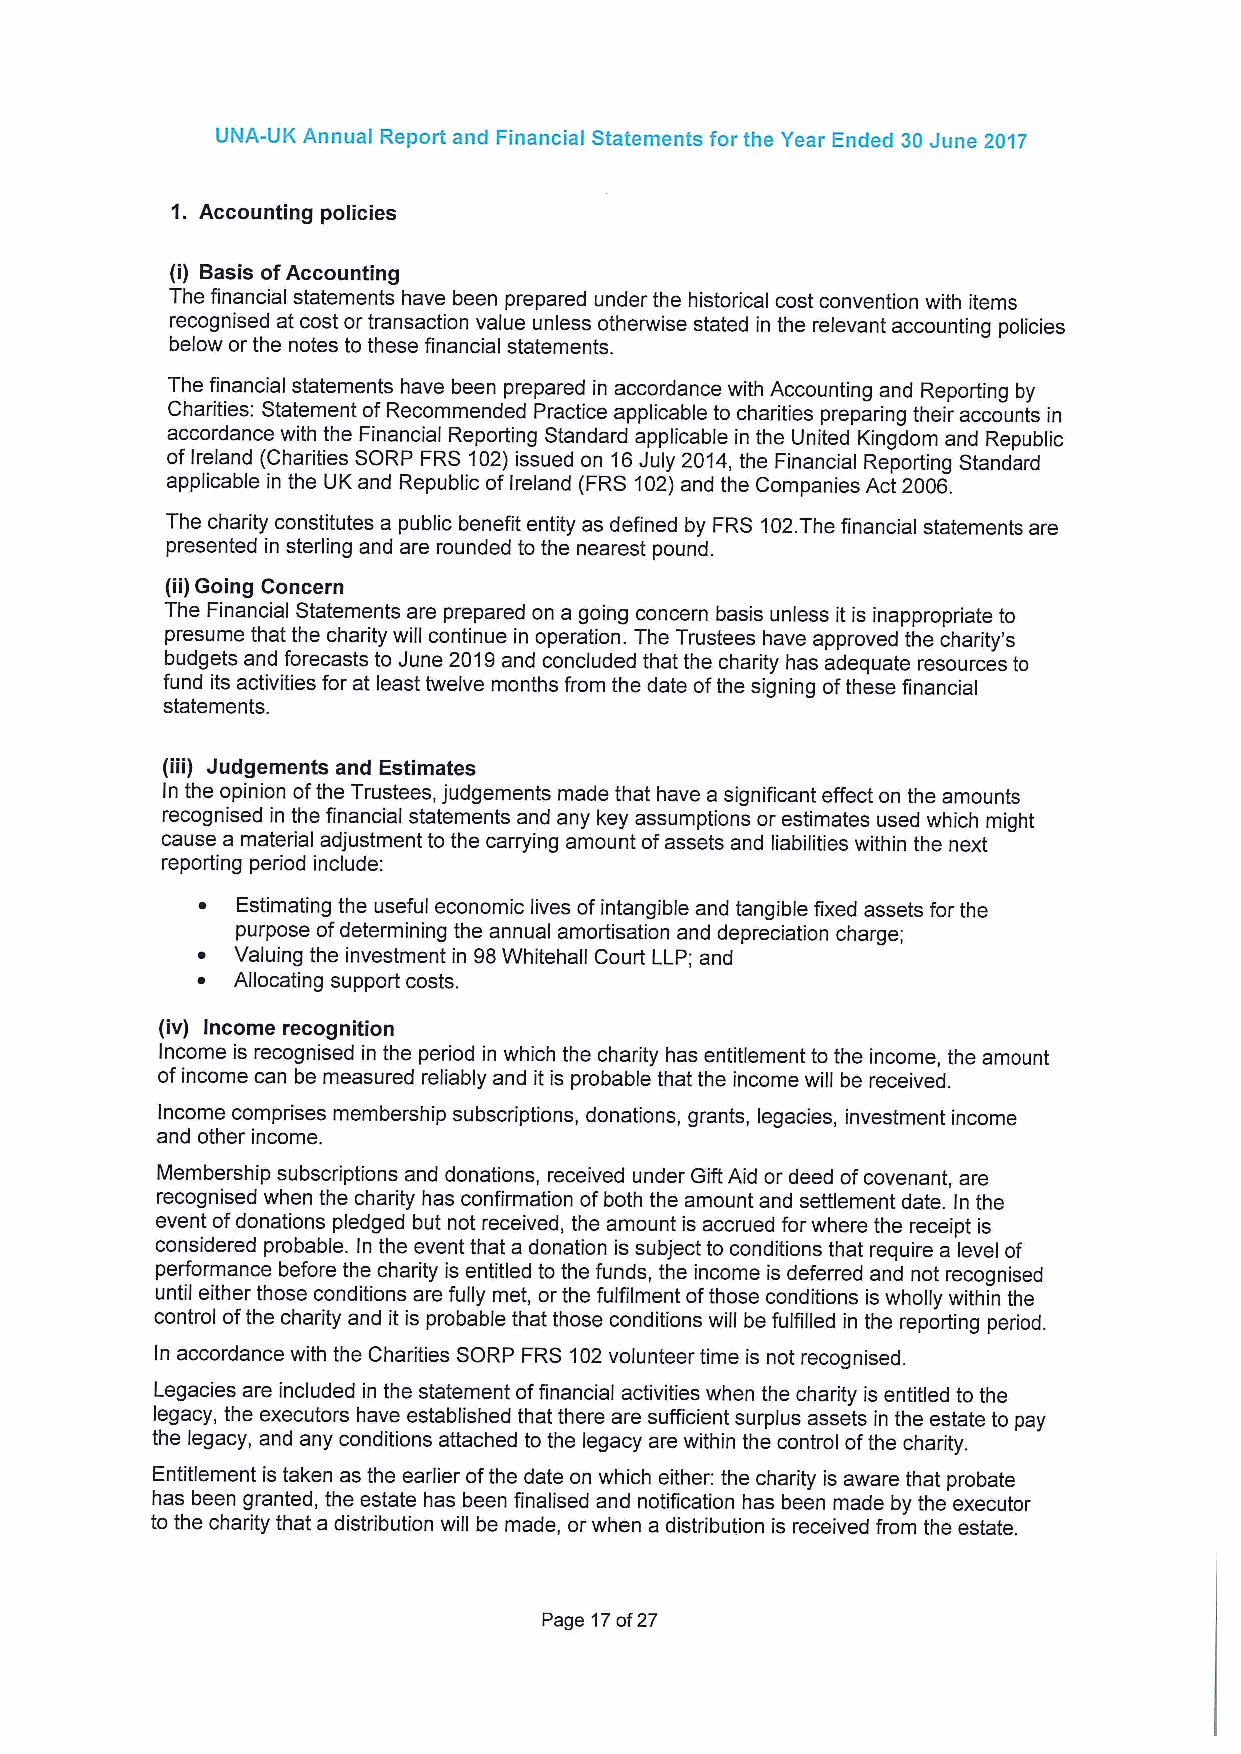
UNA-UK Annual Report and Financial Statements for the Year Ended 30 June 2017
 1. Accounting policies
 (i) Basis ofAccounting
 The financial statements have been prepared under the historical cost convention with items
 recognised at cost or transaction value unless otherwise stated in the relevant accounting policies
 below or the notes to these financial statements.
 The financial statements have been prepared in accordance with Accounting and Reporting by
 Charities: Statement ofRecommended Practice applicable to charities preparing their accounts in
 accordance with the Financial Reporting Standard applicable in the United Kingdom and Republic
 ofIreland (Charities SORP FRS 102)issued on 16July 2014, the Financial Reporting Standard
 applicable in the UK and Republic of Ireland (FRS 102)and the Companies Act 2006.
 The charity constitutes a public benefit entity as defined by FRS 102.The financial statements are
 presented in sterling and are rounded to the nearest pound.
 (ii)Going Concern
 The Financial Statements are prepared on a going concern basis unless it is inappropriate to
 presume that the charity will continue in operation. The Trustees have approved the charity's
 budgets and forecasts to June 2019and concluded that the charity has adequate resources to
 fund its activities for at least twelve months from the date ofthe signing ofthese financial
 statements.
 (iii) Judgements and Estimates
 In the opinion ofthe Trustees, judgements made that have a significant effect on the amounts
 recognised in the financial statements and any key assumptions or estimates used which might
 cause a material adjustment to the carrying amount ofassets and liabilities within the next
 reporting period include:
 ~  Estimating the useful economic lives ofintangible and tangible fixed assets for the
 purpose ofdetermining the annual amortisation and depreciation charge;
 ~ Valuing the investment in 98Whitehall Court LLP; and
 ~ Allocating support costs.
 (iv) income recognition
 Income is recognised in the period in which the charity has entitlement to the income, the amount
 ofincome can be measured reliably and it is probable that the income will be received.
 Income comprises membership subscriptions, donations, grants, legacies, investment income
 and other income.
 Membership subscriptions and donations, received under Gift Aid or deed ofcovenant, are
 recognised when the charity has confirmation ofboth the amount and settlement date. In the
 event ofdonations pledged but not received, the amount is accrued forwhere the receipt is
 considered probable. In the event that a donation is subject to conditions that require a level of
 performance before the charity is entitled to the funds, the income is deferred and not recognised
 until either those conditions are fully met, or the fulfilment ofthose conditions is wholly within the
 control ofthe charity and it is probable that those conditions will be fulfilled in the reporting period.
 In accordance with the Charities SORP FRS 102volunteer time is not recognised.
 Legacies are included in the statement offinancial activities when the charity is entitled to the
 legacy, the executors have established that there are sufficient surplus assets in the estate to pay
 the legacy, and any conditions attached to the legacy are within the control ofthe charity.
 Entitlement is taken as the earlier ofthe date on which either: the charity is aware that probate
 has been granted, the estate has been finalised and notification has been made by the executor
 to the charity that a distribution will be made, or when a distribution is received from the estate.
 Page 17of27